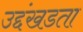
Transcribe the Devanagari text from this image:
उद्दंखडता